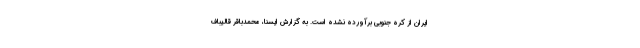
ایران از کره جنوبی برآورده نشده است. به گزارش ایسنا، محمدباقر قالیباف